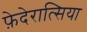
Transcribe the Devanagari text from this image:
फ़ेदेरात्सिया